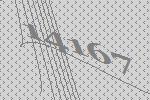
14167